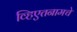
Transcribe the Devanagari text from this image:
व्हिएतनामचे